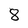
Character: 8